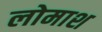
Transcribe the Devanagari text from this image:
लोमाश